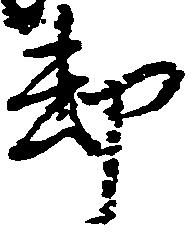
却